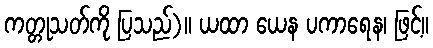
ကတ္တုသတ်ကို ပြသည်)။ ယထာ ယေန ပကာရေန၊ ဖြင့်။